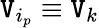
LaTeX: \mathtt{V}_{i_{p}}\equiv\mathtt{V}_{k}